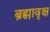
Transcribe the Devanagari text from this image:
ब्रह्मावृक्ष